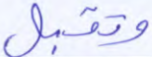
وتقبل